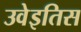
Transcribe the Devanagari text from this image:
उवेइतिस